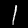
Label: 1